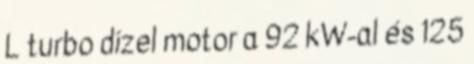
L turbo dízel motor a 92 kW-al és 125